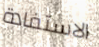
الاستفادة